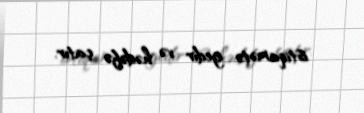
istiqamətə gedir və hədəfə çatır.